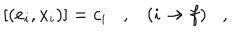
LaTeX: [ ( e _ { i } , x _ { i } ) ] = c _ { i } , ( i \rightarrow f ) ,